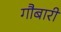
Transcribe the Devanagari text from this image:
गौबारी